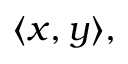
\langle x , y \rangle ,